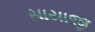
સાયાજી